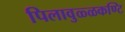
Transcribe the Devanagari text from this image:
पिलावुळ्ळकण्टि